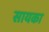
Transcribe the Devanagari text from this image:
सायका